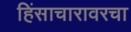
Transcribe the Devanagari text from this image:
हिंसाचारावरचा